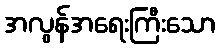
အလွန်အရေးကြီးသော